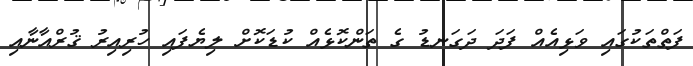
ފަތްތަކުގައި ވަޅިއެއް ފަދަ ދަގަނޑު ގެ ތަންކޮޅެއް ކުޑަކޮށް ލިޔެފައި ހުރިއިރު ޤުރްއާނާއި